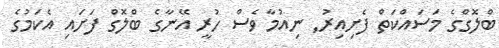
ބްލޮގްގެ މަސައްކަތް ފެށިއިރު